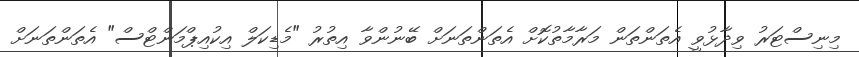
މިނިސްޓަރު ވިދާޅުވީ އެތަންތަން މަރާމާތުކޮށް އެތަންތަނަށް ބޭނުންވާ އިތުރު "މެޑިކަލް އިކުއިޕްމަންޓްސް" އެތަންތަނަށް